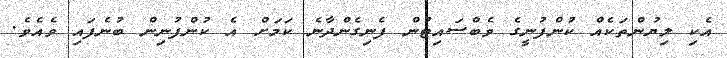
އެކި ލިޔުންތަކެއް ކުންފުނީގެ ވެބްސައިޓުން ފެނިގެންދާނެ ކަމަށް އެ ކުންފުނިން ބުނެފައި ވެއެވެ.